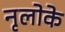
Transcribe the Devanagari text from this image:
नृलोके